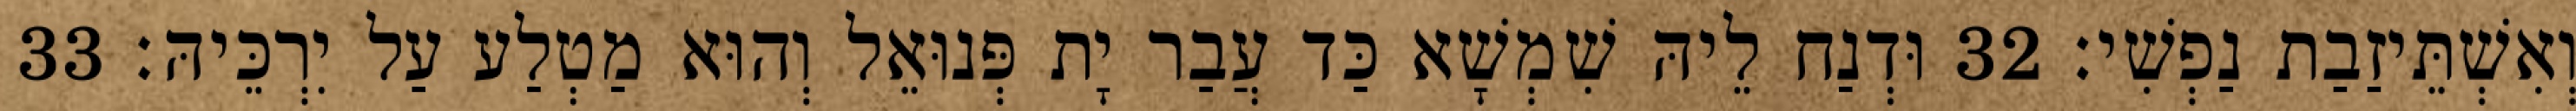
וְאִשְׁתֵּיזַבַת נַפְשִׁי׃ 32 וּדְנַח לֵיהּ שִׁמְשָׁא כַּד עֲבַר יָת פְּנוּאֵל וְהוּא מַטְלַע עַל יִרְכֵּיהּ׃ 33